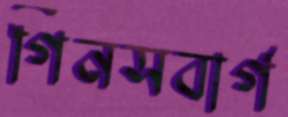
গিনসবার্গ